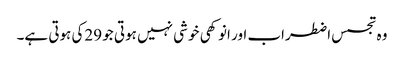
وہ تجسس اضطراب اور انوکھی خوشی نہیں ہوتی جو 29کی ہوتی ہے۔